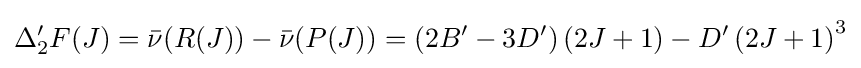
\Delta _{2}^{\prime }F(J)={\bar {\nu }}(R(J))-{\bar {\nu }}(P(J))=(2B^{\prime }-3D^{\prime })\left(2J+1\right)-D^{\prime }\left(2J+1\right)^{3}